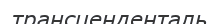
трансценденталь